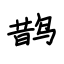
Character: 鹊